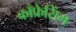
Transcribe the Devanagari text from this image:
काँफ्रेसिंग